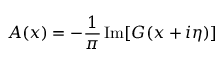
A ( x ) = - \frac { 1 } { \pi } \operatorname { I m } [ G ( x + i \eta ) ]